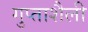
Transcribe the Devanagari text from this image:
गुप्ताशैली